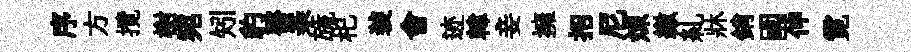
序方攬榭宛矧豹醫亲旒𣏌装會迹韓妾擁招尼煉繳糺牀銷國伸霓